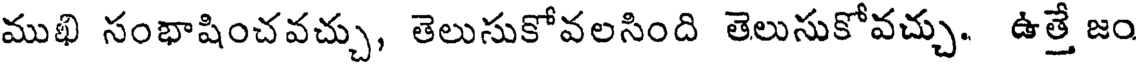
ముఖి సంభాషించవచ్చు, తెలుసుకోవలసింది తెలుసుకోవచ్చు. ఉత్తే జం